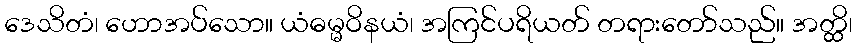
ဒေသိတံ၊ ဟောအပ်သော။ ယံဓမ္မဝိနယံ၊ အကြင်ပရိယတ် တရားတော်သည်။ အတ္ထိ၊